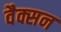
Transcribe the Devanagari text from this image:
वैक्सन